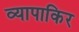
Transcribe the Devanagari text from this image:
व्यापाकिर